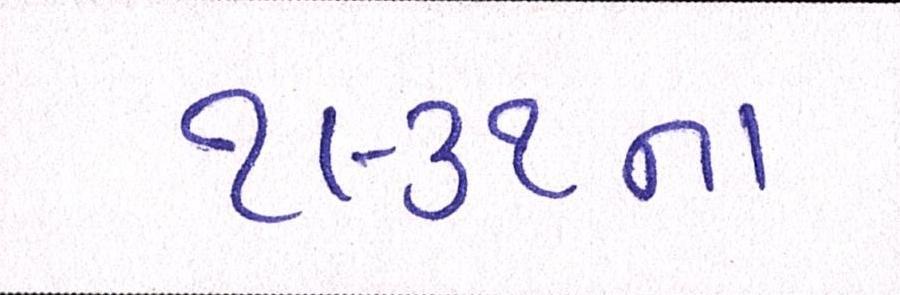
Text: ૧૯૩૧ના